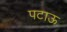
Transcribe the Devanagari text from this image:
पटाऊ